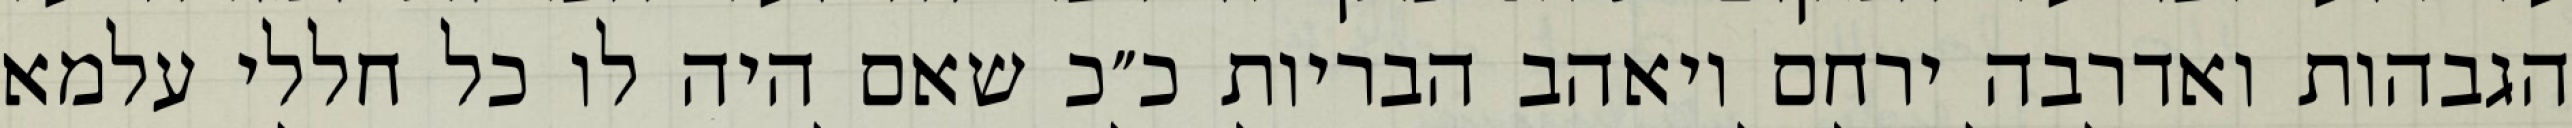
הגבהות ואדרבה ירחם ויאהב הבריות כ״כ שאם היה לו כל חללי עלמא